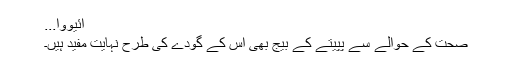
آئیووا...
صحت کے حوالے سے پپیتے کے بیج بھی اس کے گودے کی طرح نہایت مفید ہیں۔